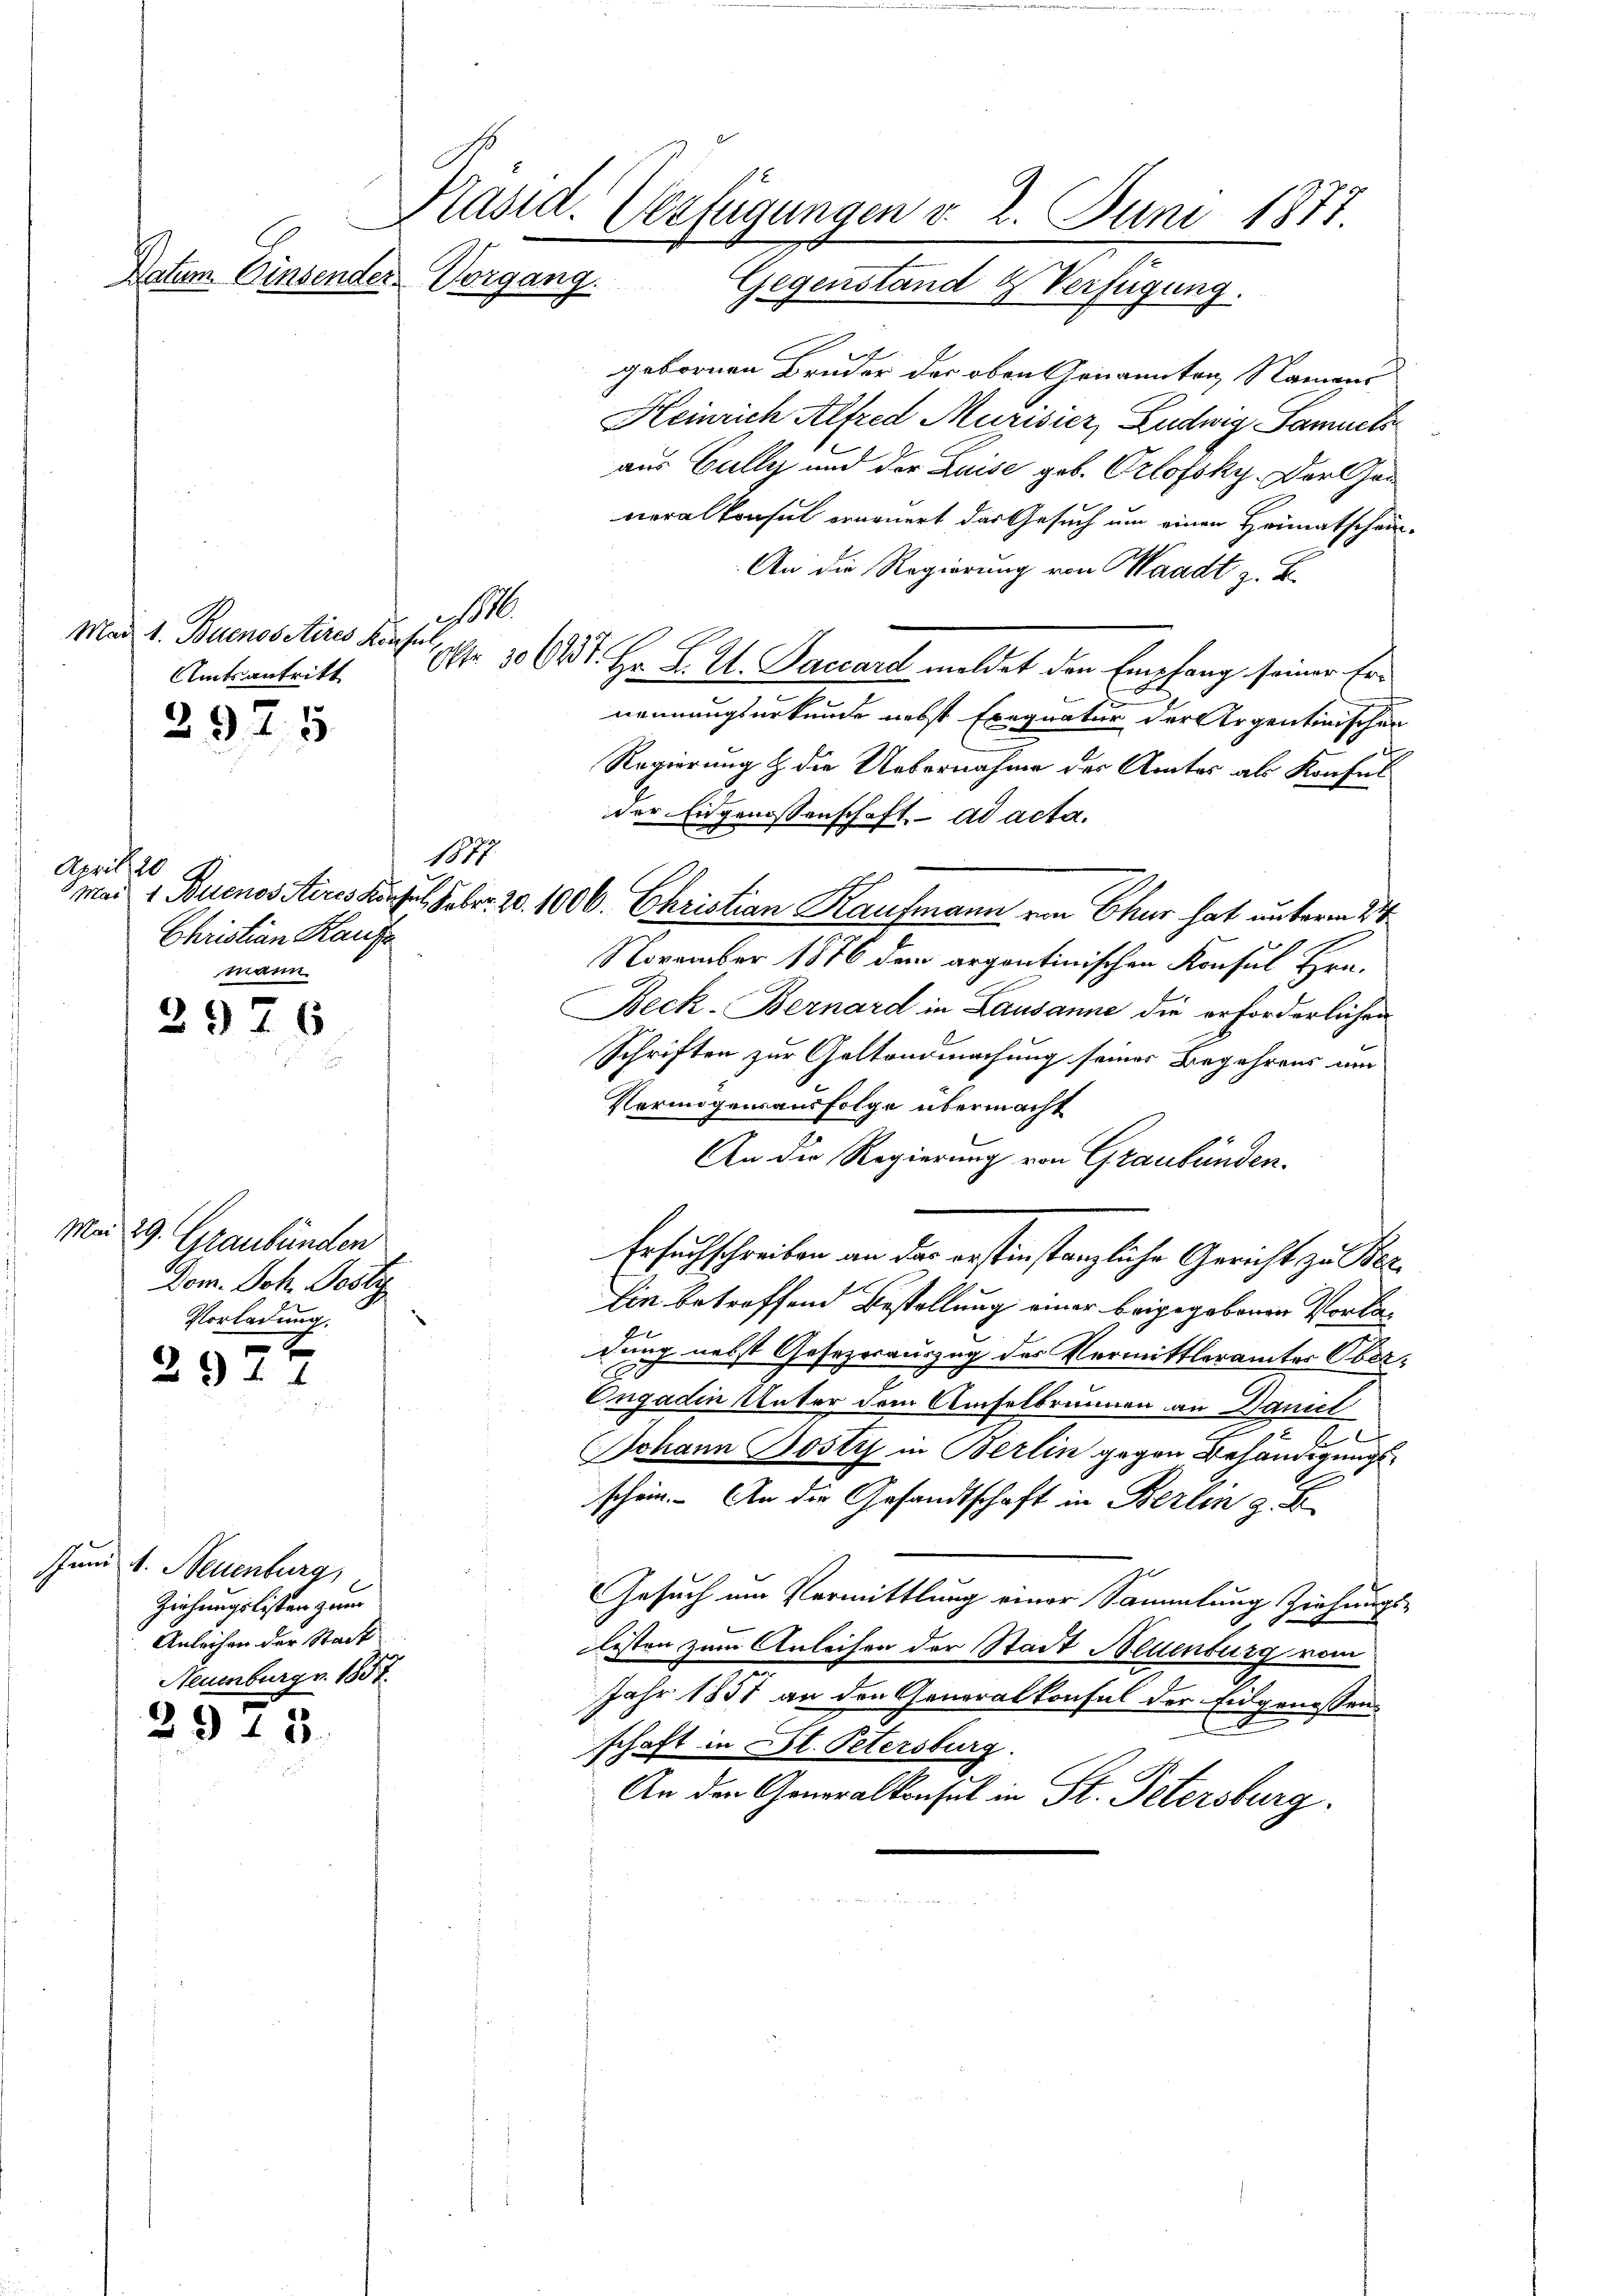
Mad 1. Buenosetires Konsul
Amtsantritt

2925

1877
April 20
Christian Kaufe
mann.

2976

Mai 29. Graubünden
Dom. Joh. Josty
Vorladung.
x
29 f 1

2915.

Präsid. Verfügungen v. 2. Juni 1877.
Datum. Einsender Vorgang.
Gegenstand & Verfügung.

und 1. Neuenburg,
Ziehungslisten zum
Anleihen der Stadt
Neuenburg v. 1857.

w

gebornen Bruder der oben Genannten, Namens
Heinrich Alfred Murisiez, Ludwig Samuels
aus Gully und der Luise geb. Orlofsky. Der Gan
neralkonsul erneuert das Gesuch um einen Heimatschein¬
An die Regierung von Waadt z. B.
r 300 r. Hr. L. St. Paccard meldet den Empfang seiner Ernennungsurkunde nebst Exequatur der Argentinischen
Regierung & die Uebernahme der Amtes als Konful
der Eidgenossenschaft ad acta.
1
November 1876 dem argontinischen Konsul Hrn.
Beck-Bernard in Lausanne die erforderlichen
Schriften zur Geltendmachung seiner Begehrens um
Vermögensausfolge übermacht
An die Regierung von Graubünden.
Ersuchschreiben an der erstinstanzliche Gericht zu er¬
Ein betreffend Bestellung einer beigegebenen Vorladung nebst Gesezesauszug des Vermittleramter Ober¬
Engadin Unter dem Amselbrunnen an Daniel
s
6
2
Johann Josty in Berlin gegen Behändigungsschein. - An die Gesandtschaft in Berlin z. B.
Gesuch um Vermittlung einer Sammlung ziehungs-
listen zum Anleisen der Stadt Neuenburg vom
Jahr 1857 an den Generalkonsul der Eidgenossen-
2
schaft in Fl. Petersburg.
An den Generalkonsul in St. Petersburg.

8 Mai 1 Buenos stires Hirzel Febr. 20. 1000. Christian Kaufmann von Chur hat unterm 24.